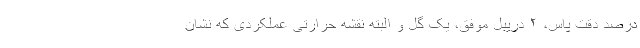
درصد دقت پاس، ۲ دریبل موفق، یک گل و البته نقشه حرارتی عملکردی که نشان